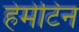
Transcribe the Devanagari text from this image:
हेमेटिन